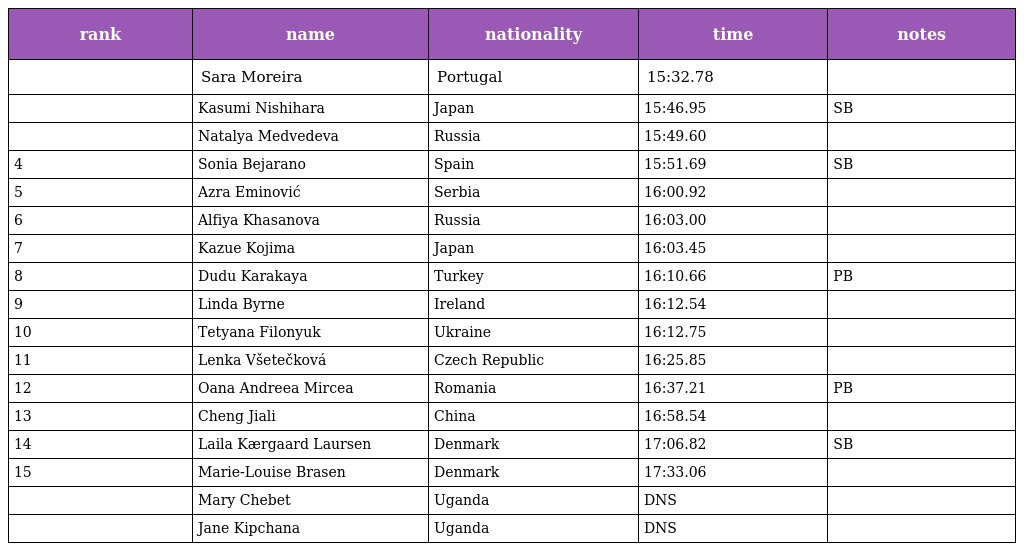
| rank | name | nationality | time | notes |
 | --- | --- | --- | --- | --- |
 |  | Sara Moreira | Portugal | 15:32.78 |  |
 |  | Kasumi Nishihara | Japan | 15:46.95 | SB |
 |  | Natalya Medvedeva | Russia | 15:49.60 |  |
 | 4 | Sonia Bejarano | Spain | 15:51.69 | SB |
 | 5 | Azra Eminović | Serbia | 16:00.92 |  |
 | 6 | Alfiya Khasanova | Russia | 16:03.00 |  |
 | 7 | Kazue Kojima | Japan | 16:03.45 |  |
 | 8 | Dudu Karakaya | Turkey | 16:10.66 | PB |
 | 9 | Linda Byrne | Ireland | 16:12.54 |  |
 | 10 | Tetyana Filonyuk | Ukraine | 16:12.75 |  |
 | 11 | Lenka Všetečková | Czech Republic | 16:25.85 |  |
 | 12 | Oana Andreea Mircea | Romania | 16:37.21 | PB |
 | 13 | Cheng Jiali | China | 16:58.54 |  |
 | 14 | Laila Kærgaard Laursen | Denmark | 17:06.82 | SB |
 | 15 | Marie-Louise Brasen | Denmark | 17:33.06 |  |
 |  | Mary Chebet | Uganda | DNS |  |
 |  | Jane Kipchana | Uganda | DNS |  |